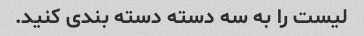
لیست را به سه دسته دسته بندی کنید.